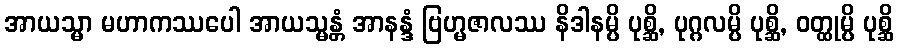
အာယသ္မာ မဟာကဿပေါ အာယသ္မန္တံ အာနန္ဒံ ဗြဟ္မဇာလဿ နိဒါနမ္ပိ ပုစ္ဆိ, ပုဂ္ဂလမ္ပိ ပုစ္ဆိ, ဝတ္ထုမ္ပိ ပုစ္ဆိ